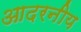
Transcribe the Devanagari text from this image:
आदरनीय